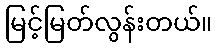
မြင့်မြတ်လွန်းတယ်။